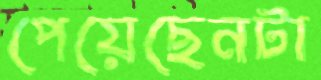
পেয়েছেনটা